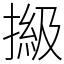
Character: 𢲩